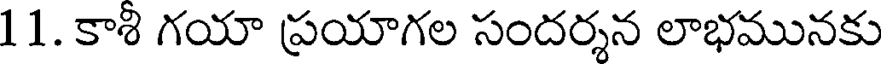
11. కాశి గయా ప్రయాగల సందర్శన లాభమునకు